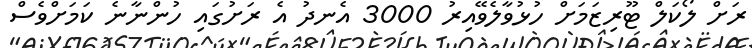
ރަށް ލޯކަލް ޓޫރިޒަމަށް ހުޅުވާލެވޭއިރު 3000 އެނދު އެ ރަށުގައި ހުންނާނެ ކަމަށްވެސް